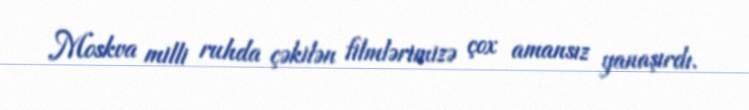
Moskva milli ruhda çəkilən filmlərimizə çox amansız yanaşırdı.